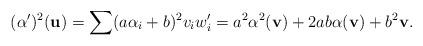
LaTeX: \begin{align*}(\alpha')^2(\mathbf u)=\sum(a\alpha_i+b)^2 v_i w_i'=a^2\alpha^2(\mathbf v)+2ab\alpha(\mathbf v)+b^2\mathbf v.\end{align*}